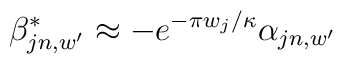
\beta^{*}_{jn,w'} \approx -e^{-\pi w_{j}/\kappa} \alpha_{jn,w'}